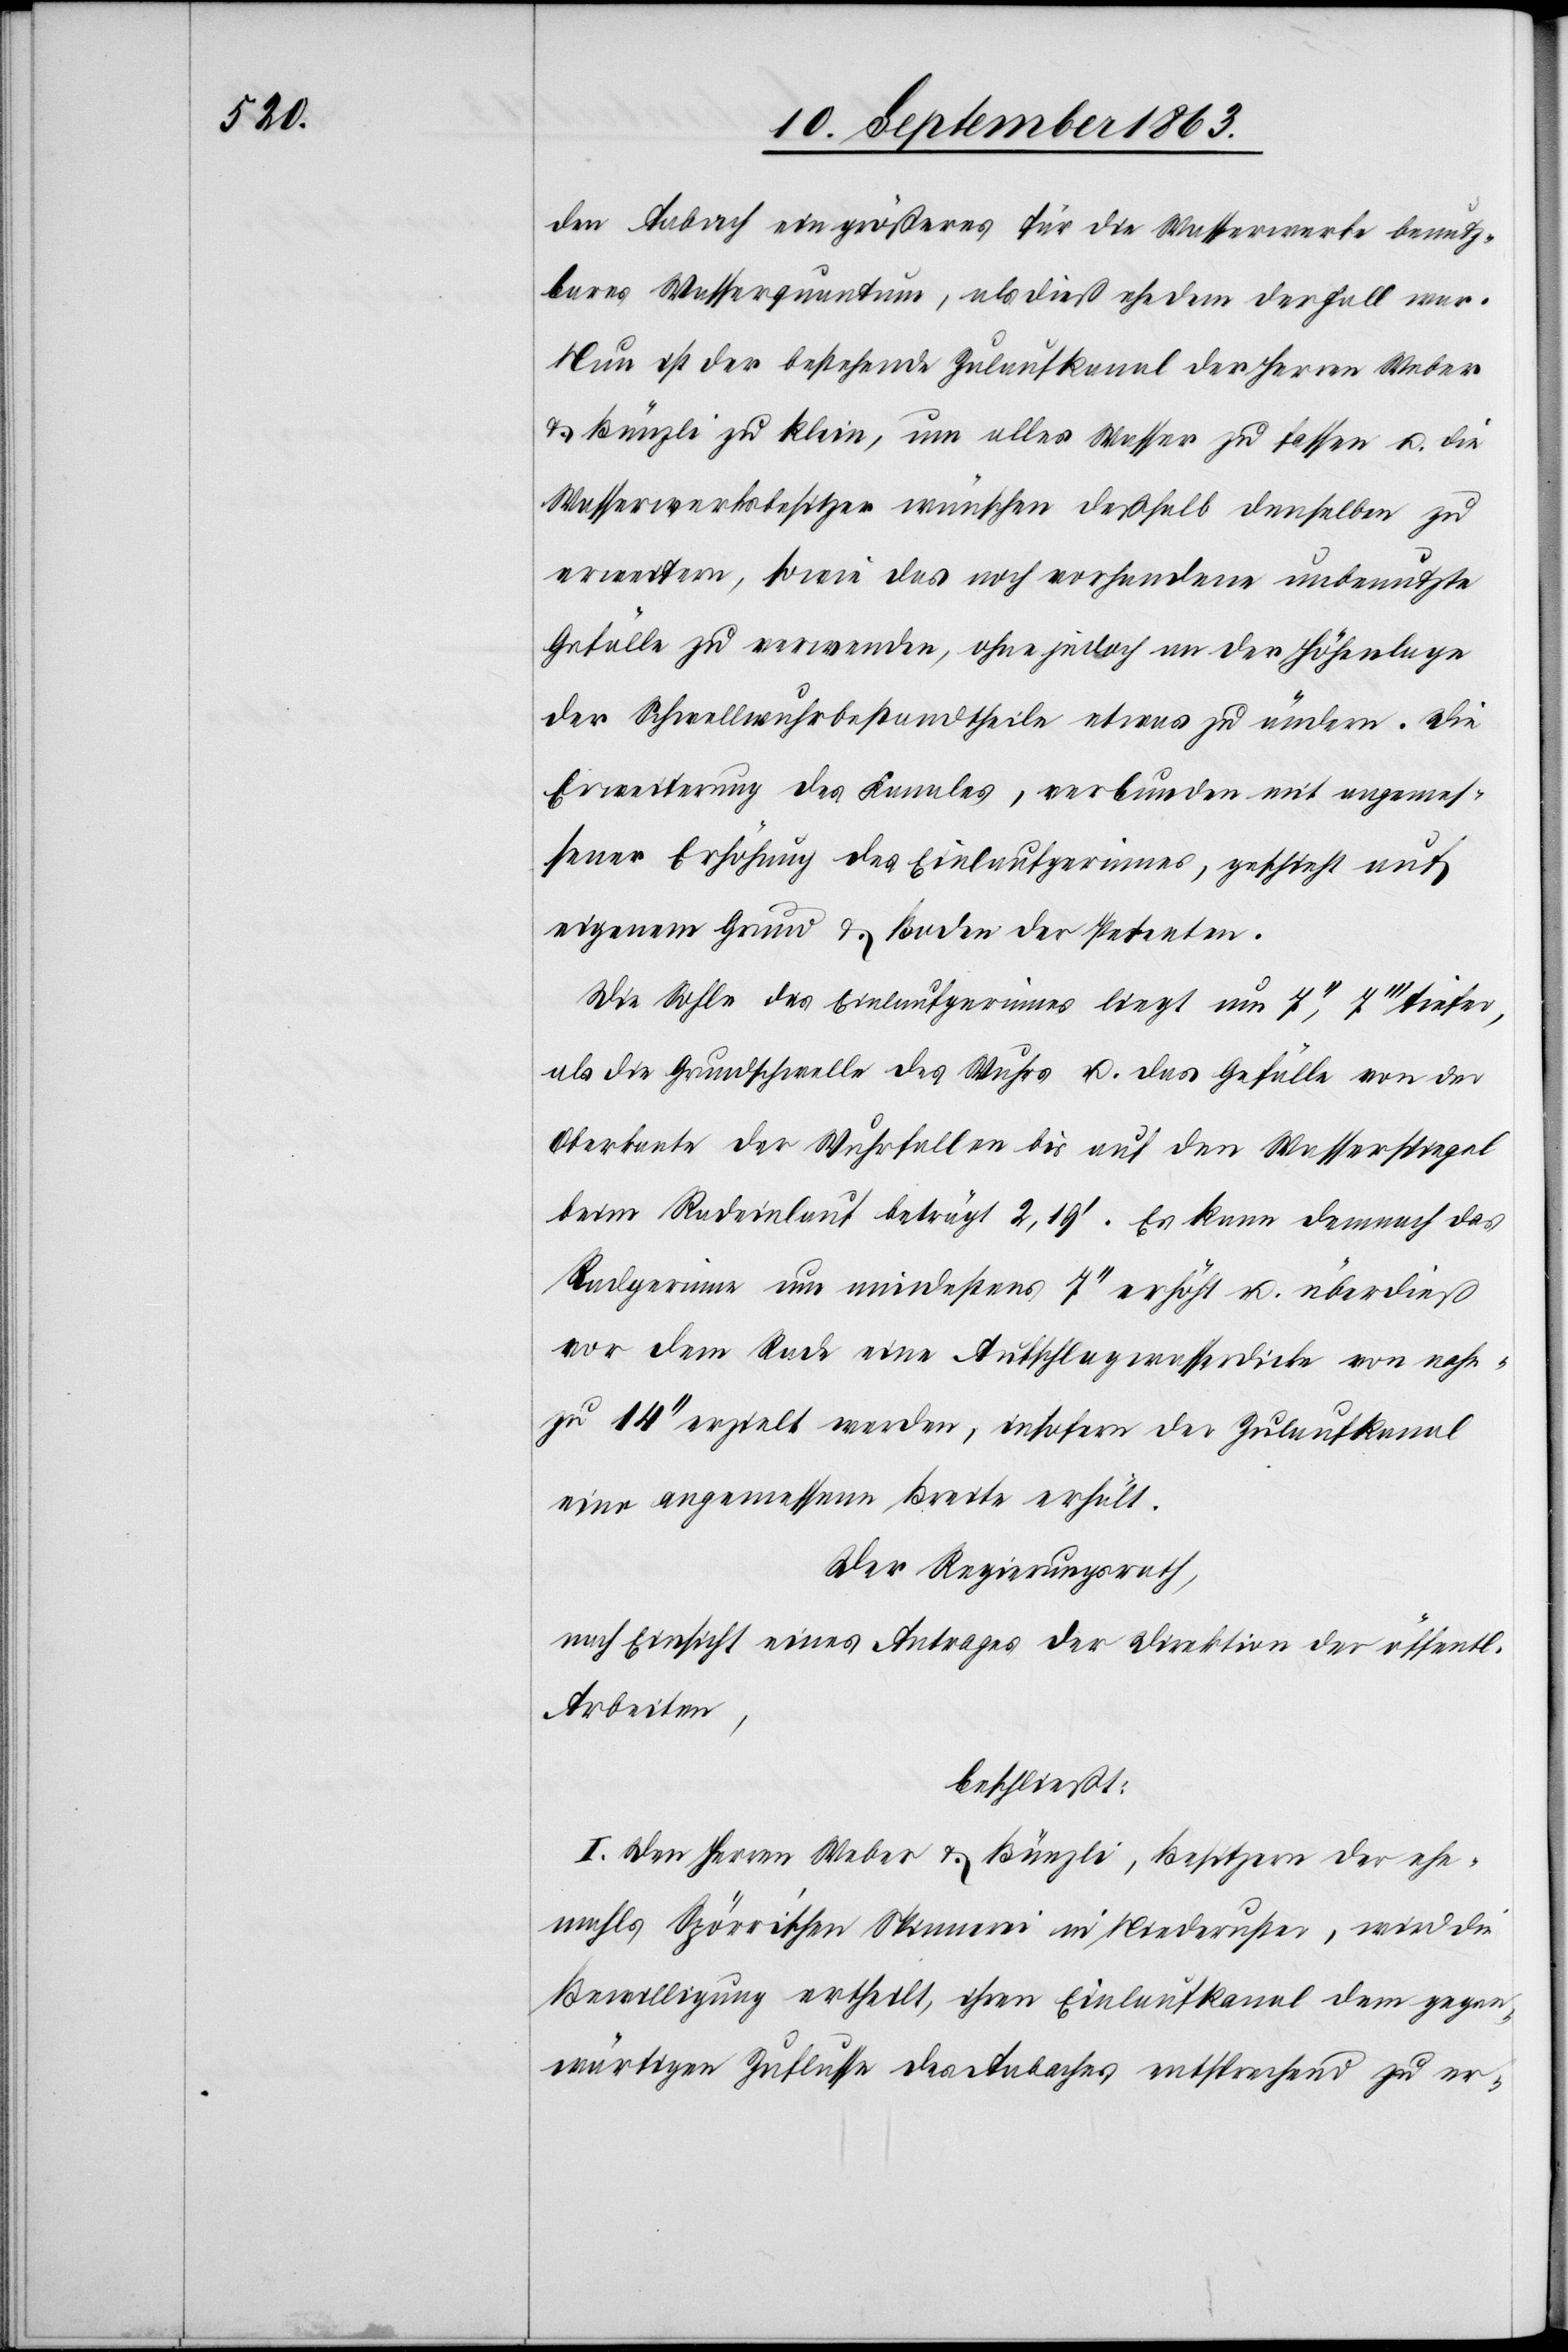
den Aabach ein größeres für die Wasserwerke benutz¬
bares Wasserquantum, als dieß ehedem der Fall war.
Nun ist der bestehende Zulaufkanal der Herren Weber
& Bünzli zu klein, um alles Wasser zu fassen u. die
Wasserwerksbesitzer wünschen deßhalb denselben zu
erweitern, sowie das noch vorhandene unbenutzte
Gefälle zu verwenden, ohne jedoch an der Höhenlage
der Schwellwuhrbestandtheile etwas zu ändern. Die
Erweiterung des Kanales, verbunden mit angemes¬
sener Erhöhung des Einlaufgerinnes, geschieht auf
eigenem Grund & Boden der Petenten.
Die Sohle des Einlaufgerinnes liegt um 7'', 7''' tiefer,
als die Grundschwelle des Wuhrs u. das Gefälle von der
Oberkante der Wuhrfallen bis auf den Wasserspiegel
beim Radeinlauf beträgt 2,19'. Es kann demnach das
Radgerinne um mindestens 7'' erhöht u. überdieß
vor dem Rade eine Aufschlagwasserdicke von nahe¬
zu 14'' erzielt werden, insofern der Zulaufkanal
eine angemessene Breite erhält.
Der Regierungsrath,
nach Einsicht eines Antrages der Direktion der öffentl.
Arbeiten,
beschließt:
I. Den Herren Weber & Bünzli, Besitzern der ehe¬
mahls Spörri'schen Spinnerei in Niederuster, wird die
Bewilligung ertheilt, ihren Einlaufkanal dem gegen¬
wärtigen Zuflusse des Aabaches entsprechend zu er-